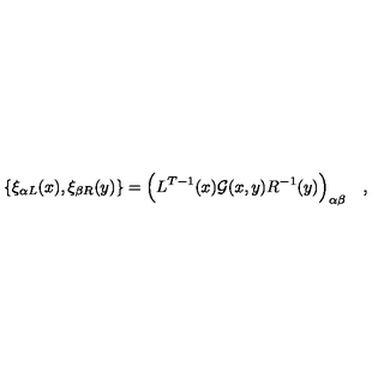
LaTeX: \{ \xi _ { \alpha L } ( x ) , \xi _ { \beta R } ( y ) \} = \Bigl ( L ^ { T - 1 } ( x ) { \cal G } ( x , y ) R ^ { - 1 } ( y ) \Bigr ) _ { \alpha \beta } \quad ,